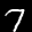
Label: 7